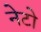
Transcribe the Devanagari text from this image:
नेटो